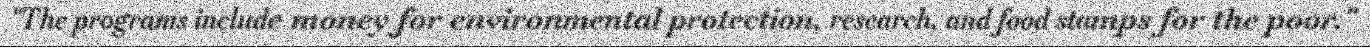
"The programs include money for environmental protection, research, and food stamps for the poor."